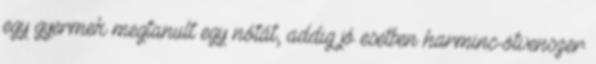
egy gyermek megtanult egy nótát, addig jó esetben harminc-ötvenszer